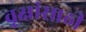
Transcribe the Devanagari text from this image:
वृक्षांसाठी